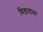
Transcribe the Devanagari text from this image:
विडयांवर